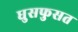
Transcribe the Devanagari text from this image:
धुसफुसत